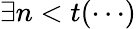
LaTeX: \exists n<t(\cdots)